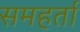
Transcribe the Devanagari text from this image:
समहर्ता